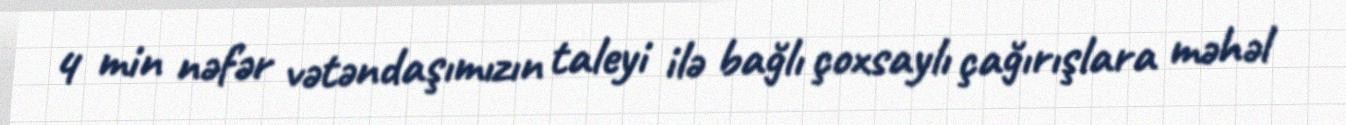
4 min nəfər vətəndaşımızın taleyi ilə bağlı çoxsaylı çağırışlara məhəl